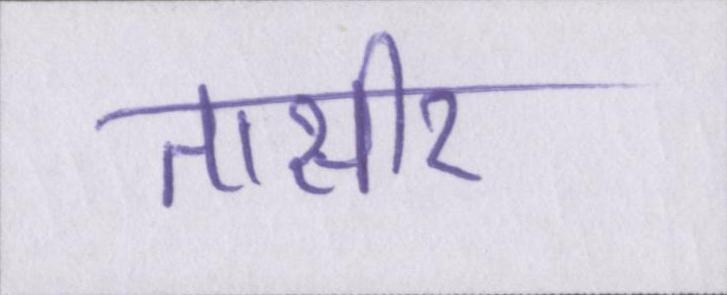
तासीर